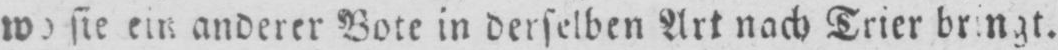
wo sie ein anderer Bote in derselben Art nach Trier bringt.